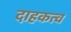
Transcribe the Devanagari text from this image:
दाहकत्व